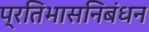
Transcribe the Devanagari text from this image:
प्रतिभासनिबंधन